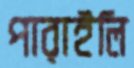
পারাইলি